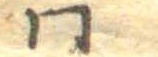
同